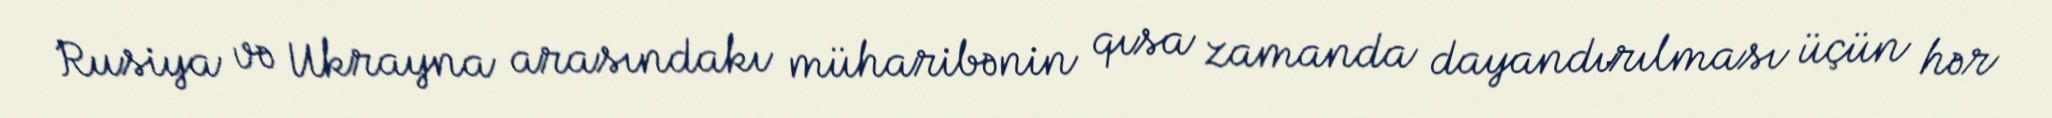
Rusiya və Ukrayna arasındakı müharibənin qısa zamanda dayandırılması üçün hər